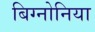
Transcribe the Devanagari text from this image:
बिग्नोनिया